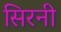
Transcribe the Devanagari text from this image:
सिरनी